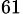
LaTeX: _{61}